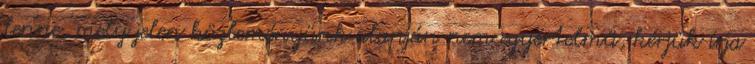
lenne, mely jelen közleményünk alapján nem egyértelmű, kérjük írja